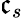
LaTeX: \mathfrak{c}_{s}